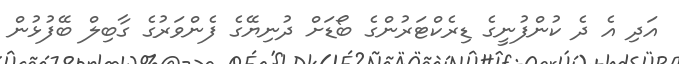
އަދި އެ ދެ ކުންފުނީގެ ޑިރެކްޓަރުންގެ ބޯޑަށް ދުނިޔޭގެ ފެންވަރުގެ ގާބިލް ބޭފުޅުން